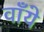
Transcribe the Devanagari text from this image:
वाँये